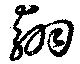
翻